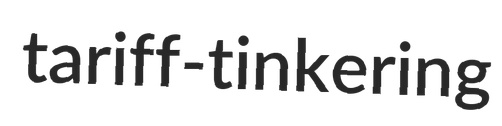
tariff-tinkering